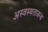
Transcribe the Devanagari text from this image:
अस्वस्थताजन्य